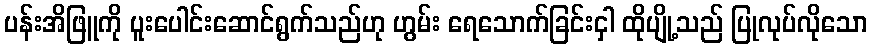
ပန်းအိဖြူကို ပူးပေါင်းဆောင်ရွက်သည်ဟု ဟွမ်း ရေသောက်ခြင်းငှါ ထိုပျို့သည် ပြုလုပ်လိုသော